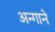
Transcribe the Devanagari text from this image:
अन्गाने